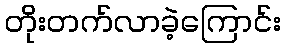
တိုးတက်လာခဲ့ကြောင်း